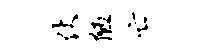
仗陋亡